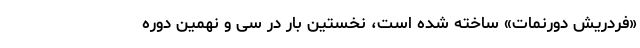
«فردریش دورنمات» ساخته شده ‌است، نخستین ‌بار در سی ‌و نهمین دوره